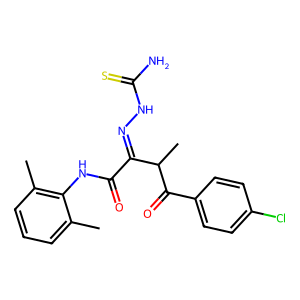
SMILES: Cc1cccc(C)c1NC(=O)C(=NNC(N)=S)C(C)C(=O)c1ccc(Cl)cc1
Inhibits HIV replication: No